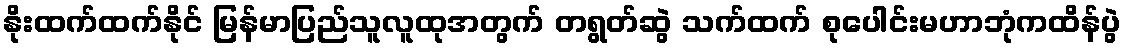
နိုးထက်ထက်နိုင် မြန်မာပြည်သူလူထုအတွက် တရွတ်ဆွဲ သက်ထက် စုပေါင်းမဟာဘုံကထိန်ပွဲ